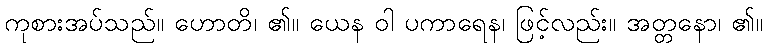
ကုစားအပ်သည်။ ဟောတိ၊ ၏။ ယေန ဝါ ပကာရေန၊ ဖြင့်လည်း။ အတ္တနော၊ ၏။